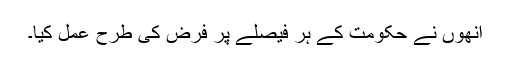
انھوں نے حکومت کے ہر فیصلے پر فرض کی طرح عمل کیا۔